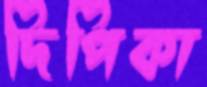
দিপিকা